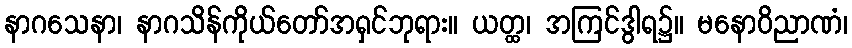
နာဂသေနာ၊ နာဂသိန်ကိုယ်တော်အရှင်ဘုရား။ ယတ္ထ၊ အကြင်ဒွါရ၌။ မနောဝိညာဏံ၊